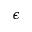
\epsilon